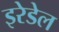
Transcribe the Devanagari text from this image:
इरेडेल